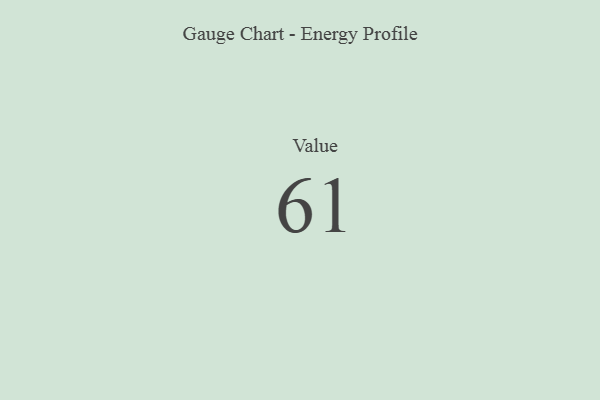
{"axis": {"x": "Metric", "y": "Value"}, "legend": [""], "data": [{"x": "Value", "y": 61, "type": ""}]}